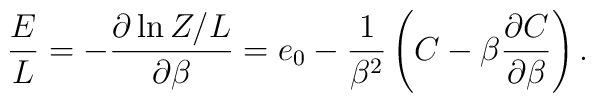
{E\over L} = -{\partial\ln Z/L\over\partial\beta} = e_0  - {1\over\beta^2}\left(C -\beta{\partial C\over\partial\beta}\right) .